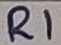
Text: R1